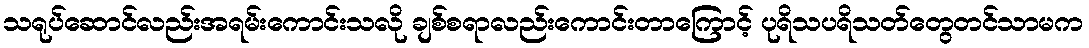
သရုပ်ဆောင်လည်းအရမ်းကောင်းသလို ချစ်စရာလည်းကောင်းတာကြောင့် ပုရိသပရိသတ်တွေတင်သာမက